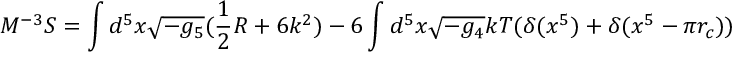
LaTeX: M ^ { - 3 } S = \int d ^ { 5 } x \sqrt { - g _ { 5 } } ( \frac { 1 } { 2 } R + 6 k ^ { 2 } ) - 6 \int d ^ { 5 } x \sqrt { - g _ { 4 } } k T ( \delta ( x ^ { 5 } ) + \delta ( x ^ { 5 } - \pi r _ { c } ) )